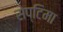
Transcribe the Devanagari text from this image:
सेप्टिमा